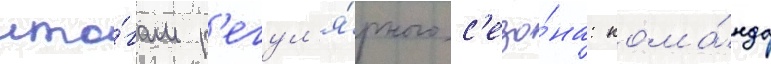
ито́гам р'егул'я́рного с'езо́на: кома́нда